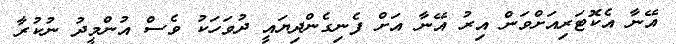
އޭނާ އެކޮޓަރިއަށްވަން އިރު އޭނާ އަށް ފެނިގެންދިޔައީ ދުވަހަކު ވެސް އުންމީދު ނުކުރާ